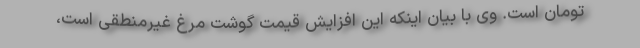
تومان است. وی با بیان اینکه این افزایش قیمت گوشت مرغ غیرمنطقی است،